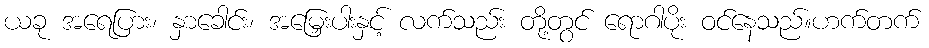
ယခု အရေပြား၊ နှာခေါင်း၊ အမြှေးပါးနှင့် လက်သည်း တို့တွင် ရောဂါပိုး ဝင်နေသည်။ဟက်တက်